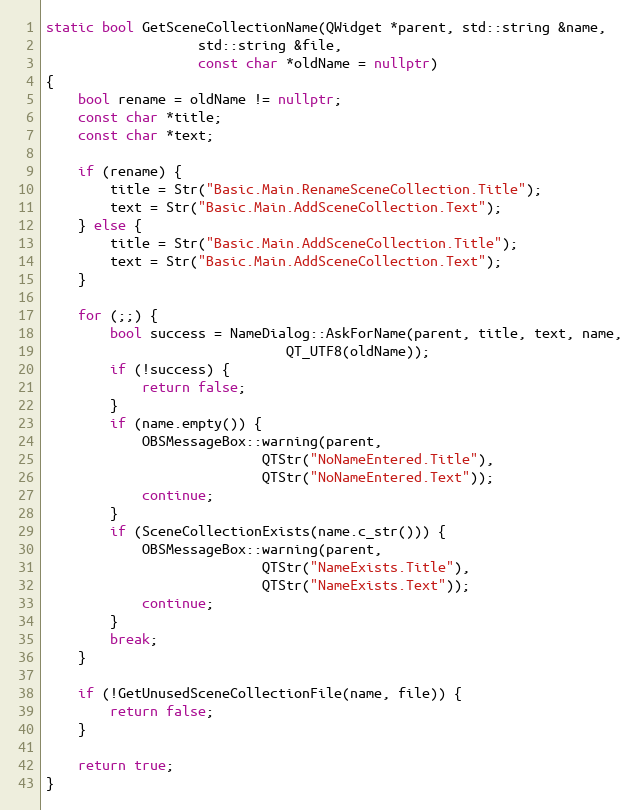
Language: C++
static bool GetSceneCollectionName(QWidget *parent, std::string &name,
				   std::string &file,
				   const char *oldName = nullptr)
{
	bool rename = oldName != nullptr;
	const char *title;
	const char *text;

	if (rename) {
		title = Str("Basic.Main.RenameSceneCollection.Title");
		text = Str("Basic.Main.AddSceneCollection.Text");
	} else {
		title = Str("Basic.Main.AddSceneCollection.Title");
		text = Str("Basic.Main.AddSceneCollection.Text");
	}

	for (;;) {
		bool success = NameDialog::AskForName(parent, title, text, name,
						      QT_UTF8(oldName));
		if (!success) {
			return false;
		}
		if (name.empty()) {
			OBSMessageBox::warning(parent,
					       QTStr("NoNameEntered.Title"),
					       QTStr("NoNameEntered.Text"));
			continue;
		}
		if (SceneCollectionExists(name.c_str())) {
			OBSMessageBox::warning(parent,
					       QTStr("NameExists.Title"),
					       QTStr("NameExists.Text"));
			continue;
		}
		break;
	}

	if (!GetUnusedSceneCollectionFile(name, file)) {
		return false;
	}

	return true;
}